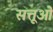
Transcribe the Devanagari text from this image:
सत्तूओं